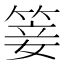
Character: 䈉